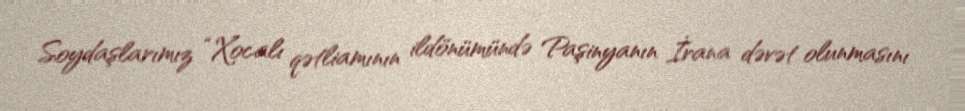
Soydaşlarımız “Xocalı qətliamının ildönümündə Paşinyanın İrana dəvət olunmasını